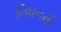
નિધનની